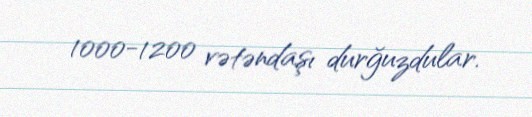
1000-1200 vətəndaşı durğuzdular.